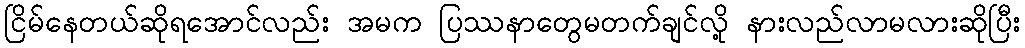
ငြိမ်နေတယ်ဆိုရအောင်လည်း အမက ပြဿနာတွေမတက်ချင်လို့ နားလည်လာမလားဆိုပြီး